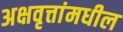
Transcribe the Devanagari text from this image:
अक्षवृत्तांमधील